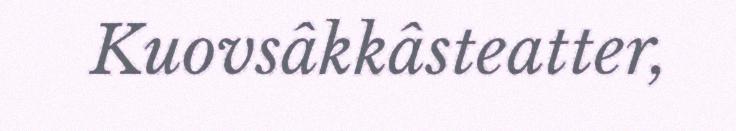
Kuovsâkkâsteatter,